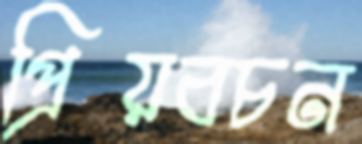
প্রিয়বচন